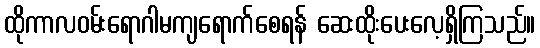
ထိုကာလဝမ်းရောဂါမကျရောက်စေရန် ဆေးထိုးပေးလေ့ရှိကြသည်။